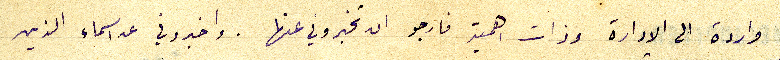
واردة الى الادارة وذات اهمية فارجو ان تخبروني عنها . واخبروني عن اسماء الذين